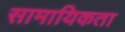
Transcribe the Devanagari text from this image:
सामायिकता